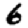
Digit: 6